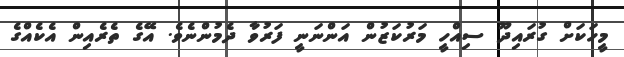
މީހަކަށް ގުރައިދޫ ސިއްހީ މަރުކަޒުން އަންނަނީ ފަރުވާ ދެމުންނެވެ. އޭގެ ތެރެއިން އެކެއްގެ